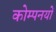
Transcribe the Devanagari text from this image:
कोम्पनयों